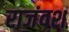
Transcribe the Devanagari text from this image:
राजंवश